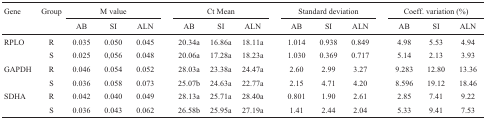
<table><thead><tr><td><b>Gene</b></td><td><b>Group</b></td><td colspan="3"><b>M value </b></td><td></td><td colspan="3"><b>Ct Mean </b></td><td></td><td colspan="3"><b>Standard deviation </b></td><td></td><td colspan="3"><b>Coeff. variation (%) </b></td></tr><tr><td></td><td></td><td><b>AB</b></td><td><b>SI</b></td><td><b>ALN</b></td><td></td><td><b>AB</b></td><td><b>SI</b></td><td><b>ALN</b></td><td></td><td><b>AB</b></td><td><b>SI</b></td><td><b>ALN</b></td><td></td><td><b>AB</b></td><td><b>SI</b></td><td><b>ALN</b></td></tr></thead><tbody><tr><td> RPLO</td><td>R</td><td>0.035</td><td>0.050</td><td>0.045</td><td></td><td>20.34a</td><td>16.86a</td><td>18.11a</td><td></td><td>1.014</td><td>0.938</td><td>0.849</td><td></td><td>4.98</td><td>5.53</td><td>4.94</td></tr><tr><td></td><td>S</td><td>0.025</td><td>0,056</td><td>0.048</td><td></td><td>20.06a</td><td>17.28a</td><td>18.23a</td><td></td><td>1.030</td><td>0.369</td><td>0.717</td><td></td><td>5.14</td><td>2.13</td><td>3.93</td></tr><tr><td>GAPDH</td><td>R</td><td>0.046</td><td>0.054</td><td>0.052</td><td></td><td>28.03a</td><td>23.38a</td><td>24.47a</td><td></td><td>2.60</td><td>2.99</td><td>3.27</td><td></td><td>9.283</td><td>12.80</td><td>13.36</td></tr><tr><td></td><td>S</td><td>0.036</td><td>0.058</td><td>0.073</td><td></td><td>25.07b</td><td>24.63a</td><td>22.77a</td><td></td><td>2.15</td><td>4.71</td><td>4.20</td><td></td><td>8.596</td><td>19.12</td><td>18.46</td></tr><tr><td>SDHA</td><td>R</td><td>0.042</td><td>0.040</td><td>0.049</td><td></td><td>28.13a</td><td>25.71a</td><td>28.40a</td><td></td><td>0.801</td><td>1.90</td><td>2.61</td><td></td><td>2.85</td><td>7.41</td><td>9.22</td></tr><tr><td></td><td>S</td><td>0.036</td><td>0.043</td><td>0.062</td><td></td><td>26.58b</td><td>25.95a</td><td>27.19a</td><td></td><td>1.41</td><td>2.44</td><td>2.04</td><td></td><td>5.33</td><td>9.41</td><td>7.53</td></tr></tbody></table>